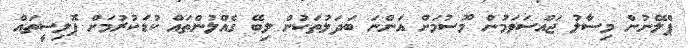
ޕްލޭނުން މިސާލު ޖައްސަވަމުން މޫސުމަށް އަންނަ ބަދަލުތަކުން ލިބޭ ގެއްލުންތައް ކުޑަކުރުމަށް ޕޮލިސީތައް